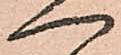
へ